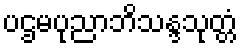
ပဌမပုညာဘိသန္ဒသုတ္တံ